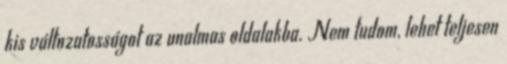
kis változatosságot az unalmas oldalakba. Nem tudom, lehet teljesen